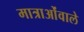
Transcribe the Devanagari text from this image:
मात्राओंवाले